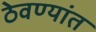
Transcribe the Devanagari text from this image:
ठेवण्यांत